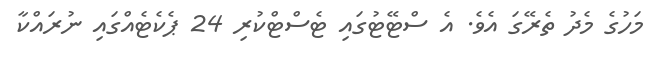
މަހުގެ މެދު ތެރޭގަ އެވެ. އެ ސްޓޭޓުގައި ޓެސްޓްކުރި 24 ޕެކެޓެއްގައި ނުރައްކާ